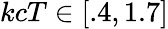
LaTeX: kcT\in[.4,1.7]